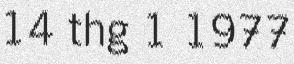
14 thg 1 1977